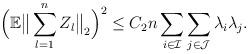
LaTeX: \begin{align*} \Big(\mathbb{E}\big\|\sum_{l = 1}^n Z_l \big\|_2\Big)^2 \leq C_2 n \sum_{i \in \mathcal{I}}\sum_{j \in \mathcal{J}} \lambda_i \lambda_j.\end{align*}